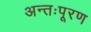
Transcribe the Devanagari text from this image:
अन्तःपूरण